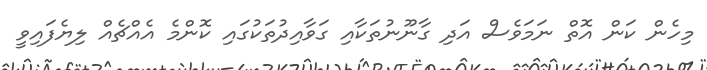
މިހެން ކަން އޮތް ނަމަވެސް އަދި ގާނޫނުތަކާއި ގަވާއިދުތަކުގައި ކޮންމެ އެއްޗެއް ލިޔެފައިވީ